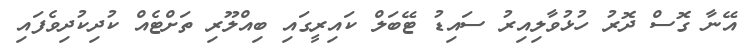
އޭނާ ގޮސް ދޮރު ހުޅުވާލިއިރު ސައިޑު ޓޭބަލް ކައިރީގައި ބިއްލޫރި ތަށްޓެއް ކުދިކުދިވެފައި